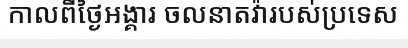
កាលពីថ្ងៃអង្គារ ចលនាតវ៉ារបស់ប្រទេស